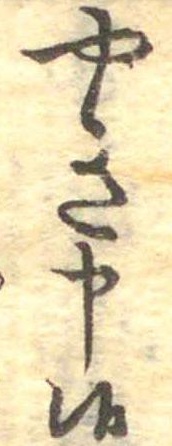
やき申候